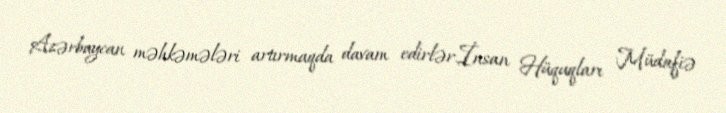
Azərbaycan məhkəmələri artırmaqda davam edirlər.İnsan Hüquqları Müdafiə